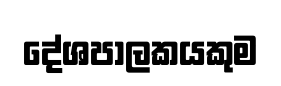
දේශපාලකයකුම